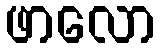
ဖာလော